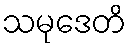
သမုဒေတိ